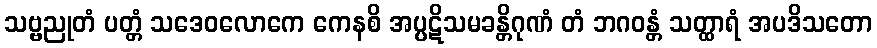
သဗ္ဗညုတံ ပတ္တံ သဒေဝလောကေ ကေနစိ အပ္ပဋိသမခန္တိဂုဏံ တံ ဘဂဝန္တံ သတ္ထာရံ အပဒိသတော